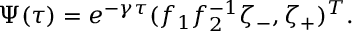
\Psi ( \tau ) = e ^ { - \gamma \tau } ( f _ { 1 } f _ { 2 } ^ { - 1 } \zeta _ { - } , \zeta _ { + } ) ^ { T } .